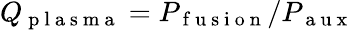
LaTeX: Q_{\mathrm{~p~l~a~s~m~a~}}=P_{\mathrm{~f~u~s~i~o~n~}}/P_{\mathrm{~a~u~x~}}